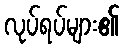
လုပ်ရပ်များ၏